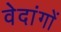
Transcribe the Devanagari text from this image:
वेदांगाें